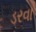
ડરવા